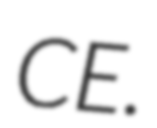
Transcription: CE.